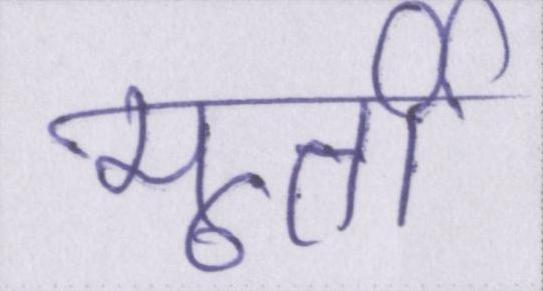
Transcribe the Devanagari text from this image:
मूर्ती